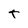
Character: t